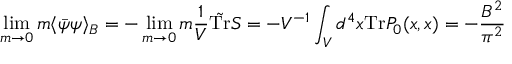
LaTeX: \operatorname * { l i m } _ { m \to 0 } m \langle \bar { \psi } \psi \rangle _ { \cal B } = - \operatorname * { l i m } _ { m \to 0 } m \frac { 1 } { V } \tilde { \mathrm { T r } } S = - V ^ { - 1 } \int _ { V } d ^ { 4 } x \mathrm { T r } { \cal P } _ { 0 } ( x , x ) = - \frac { { \cal B } ^ { 2 } } { \pi ^ { 2 } }